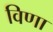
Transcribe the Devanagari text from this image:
विणा